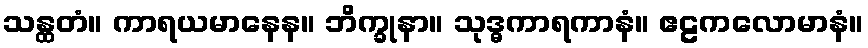
သန္ထတံ။ ကာရယမာနေန။ ဘိက္ခုနာ။ သုဒ္ဓကာရကာနံ။ ဧဠကလောမာနံ။